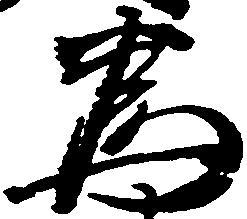
為